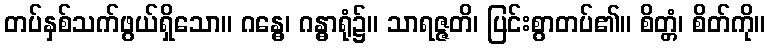
တပ်နှစ်သက်ဖွယ်ရှိသော။ ဂန္ဓေ၊ ဂန္ဓာရုံ၌။ သာရဇ္ဇတိ၊ ပြင်းစွာတပ်၏။ စိတ္တံ၊ စိတ်ကို။